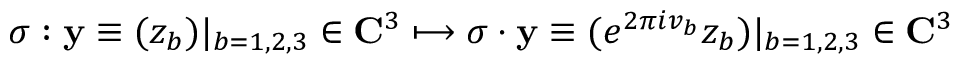
\sigma : { \bf y } \equiv ( z _ { b } ) | _ { b = 1 , 2 , 3 } \in { \bf C } ^ { 3 } \longmapsto \sigma \cdot { \bf y } \equiv ( e ^ { 2 \pi i v _ { b } } z _ { b } ) | _ { b = 1 , 2 , 3 } \in { \bf C } ^ { 3 }